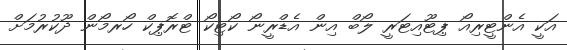
އަކީ އެންޓީރިއޯ ޕިޓޫއިޓަރީ ލޯބް އިން އެޑްރީނޯ ކޯޓިކޯ ޓްރޮޕިކް ހޯރމޯން ދޫކުރުމަށް